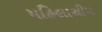
મહિલાથીમ